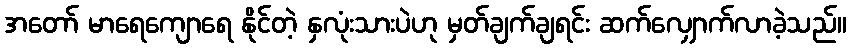
အတော် မာရေကျောရေ နိုင်တဲ့ နှလုံးသားပဲဟု မှတ်ချက်ချရင်း ဆက်လျှောက်လာခဲ့သည်။